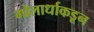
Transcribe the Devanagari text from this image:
गोलार्धाकडून